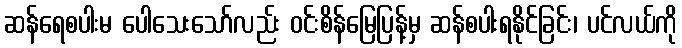
ဆန်ရေစပါးမ ပေါသေးသော်လည်း ဝင်းစိန်မြေပြန့်မှ ဆန်စပါးရနိုင်ခြင်း၊ ပင်လယ်ကို